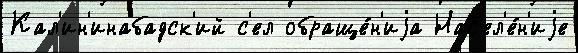
Кал'ин'инабадск'ий с'ел обраще́н'иjа Нас'ел'е́н'иjе